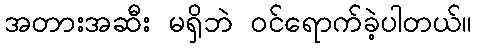
အတားအဆီး မရှိဘဲ ဝင်ရောက်ခဲ့ပါတယ်။